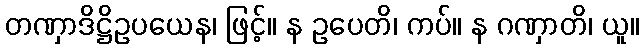
တဏှာဒိဋ္ဌိဥပယေန၊ ဖြင့်။ န ဥပေတိ၊ ကပ်။ န ဂဏှာတိ၊ ယူ။